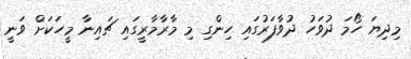
މިދިޔަ ހޯމަ ދުވަހު ދުވާފަރުގައި ހިންގި މި މާރާމާރީގައި ޗައިނާ މީހަކަށް ވަނީ